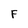
Character: F